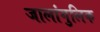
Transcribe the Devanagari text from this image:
जालांगुलिक